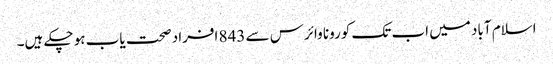
اسلام آباد میں اب تک کورونا وائرس سے 843 افراد صحت یاب ہو چکے ہیں۔